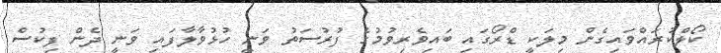
ކޯލްކުރައްވައިގެން މިލަކީ ޑްރޯގައި ބައިވެރިވުމުގެ ފުރުސަތު ވަނީ ހުޅުވާލާފައި ވަނީ ދެން ފިކުސް